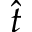
\hat { t }